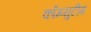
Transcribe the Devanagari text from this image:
कॉम्प्युटीग